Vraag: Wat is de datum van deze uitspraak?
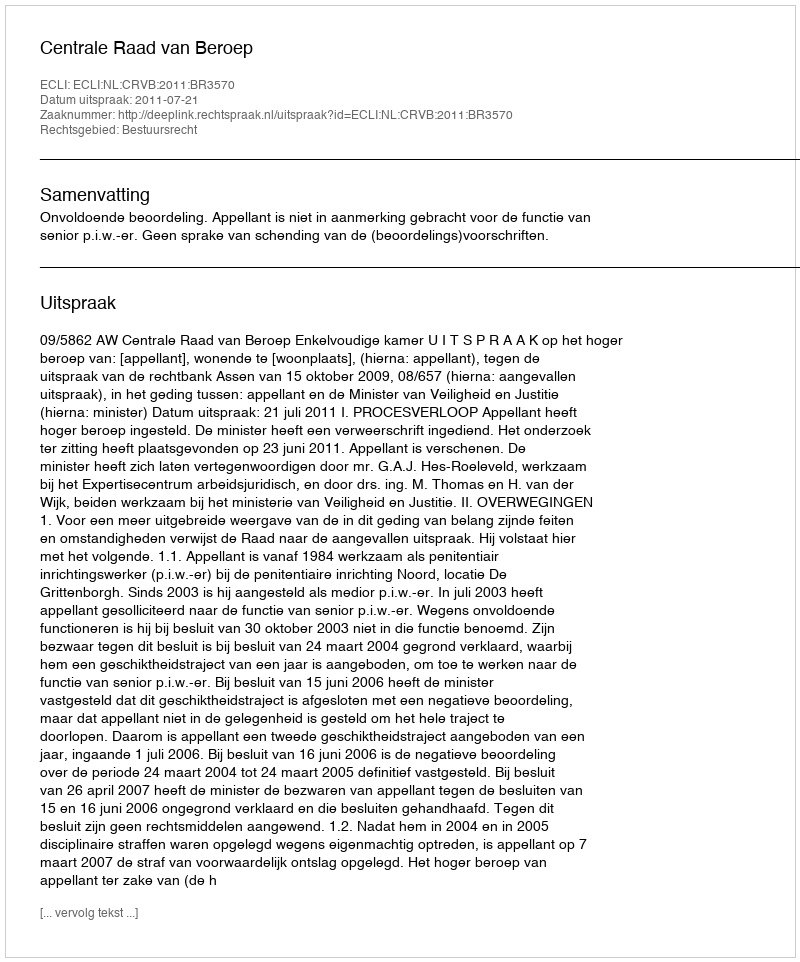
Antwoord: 2011-07-21